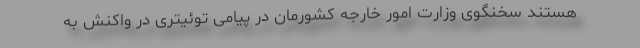
هستند سخنگوی وزارت امور خارجه کشورمان در پیامی توئیتری در واکنش به